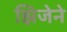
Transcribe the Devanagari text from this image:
झिजेने